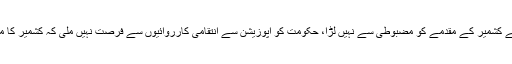
اسلام آباد (پبلک نیوز) رہنما (ن) لیگ احسن اقبال نے کہا ہے کہ حکومت نے کشمیر کے مقدمے کو مضبوطی سے نہیں لڑا، حکومت کو اپوزیشن سے انتقامی کارروائیوں سے فرصت نہیں ملی کہ کشمیر کا مقدمہ لڑتی، وزیر خارجہ کو باہر جا کر بیک ڈور لابنگ کرنی چاہئے تھی۔